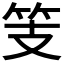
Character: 𱷲